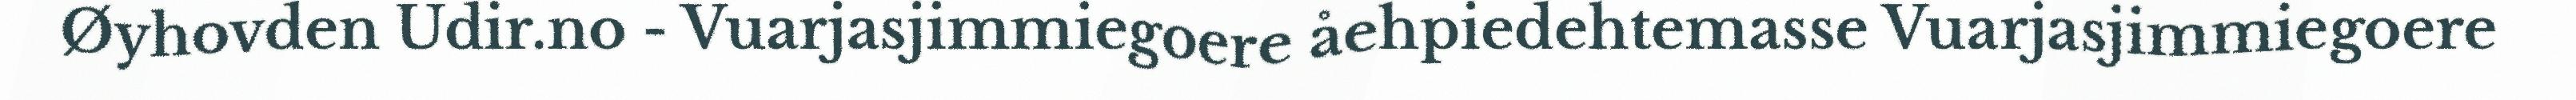
Øyhovden Udir.no - Vuarjasjimmiegoere åehpiedehtemasse Vuarjasjimmiegoere